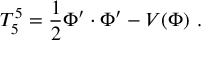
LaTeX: T _ { 5 } ^ { 5 } = { \frac { 1 } { 2 } } \Phi ^ { \prime } \cdot \Phi ^ { \prime } - V ( \Phi ) ~ .